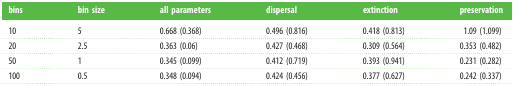
<table><thead><tr><td><b>bins</b></td><td><b>bin size</b></td><td><b>all parameters</b></td><td><b>dispersal</b></td><td><b>extinction</b></td><td><b>preservation</b></td></tr></thead><tbody><tr><td>10</td><td>5</td><td>0.668 (0.368)</td><td>0.496 (0.816)</td><td>0.418 (0.813)</td><td>1.09 (1.099)</td></tr><tr><td>20</td><td>2.5</td><td>0.363 (0.06)</td><td>0.427 (0.468)</td><td>0.309 (0.564)</td><td>0.353 (0.482)</td></tr><tr><td>50</td><td>1</td><td>0.345 (0.099)</td><td>0.412 (0.719)</td><td>0.393 (0.941)</td><td>0.231 (0.282)</td></tr><tr><td>100</td><td>0.5</td><td>0.348 (0.094)</td><td>0.424 (0.456)</td><td>0.377 (0.627)</td><td>0.242 (0.337)</td></tr></tbody></table>